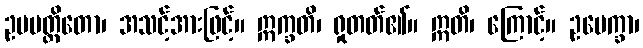
ဥပပတ္တိတော၊ အသင့်အားဖြင့်။ ဣက္ခတိ၊ ရှုတတ်၏။ ဣတိ၊ ကြောင့်။ ဥပေက္ခာ၊